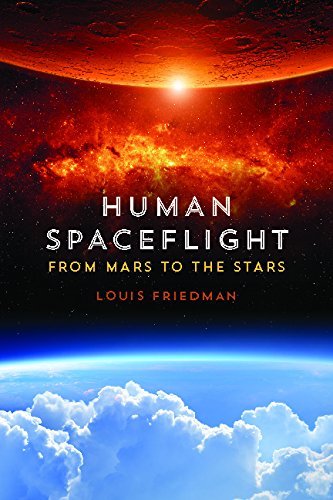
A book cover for Human Spaceflight: From Mars to the Stars; Louis Friedman; Science & Math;